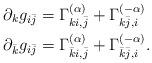
LaTeX: \begin{align*}\partial_k g_{i\bar{j}}&=\Gamma^{(\alpha)}_{ki,\bar{j}}+\Gamma^{(-\alpha)}_{k\bar{j},i}\\\partial_{\bar{k}} g_{i\bar{j}}&=\Gamma^{(\alpha)}_{\bar{k}i,\bar{j}}+\Gamma^{(-\alpha)}_{\bar{k}\bar{j},i}.\end{align*}